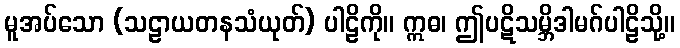
မူအပ်သော (သဠာယတနသံယုတ်) ပါဠိကို။ ဣဓ၊ ဤပဋိသမ္ဘိဒါမဂ်ပါဠိသို့။